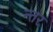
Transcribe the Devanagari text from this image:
न्तर